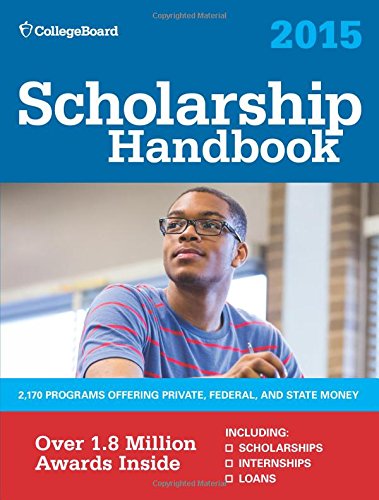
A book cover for Scholarship Handbook 2015 (College Board Scholarship Handbook); The College Board; Education & Teaching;